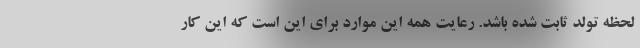
لحظه تولد ثابت شده باشد. رعایت همه این موارد برای این است که این کار